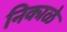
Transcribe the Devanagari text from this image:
निकाळे